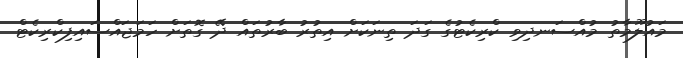
މައުލޫމާތު މުއްސަނދިވި ކްރިކެޓުގެ ގަދަ ތިނަކަށް އިތުރު ބާރުތައް ދޭ ގޮތަށް ހަމަޖައްސައިފިކްރިކެޓް